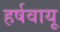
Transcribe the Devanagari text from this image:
हर्षवायू